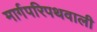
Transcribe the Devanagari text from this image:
मार्गपरिपथवाली